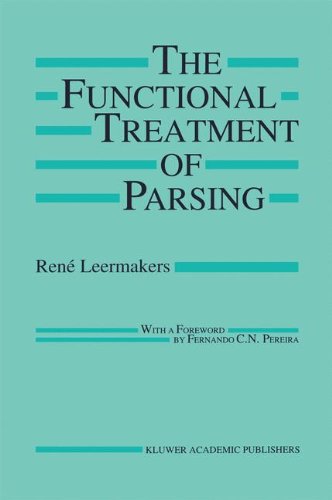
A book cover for The Functional Treatment of Parsing (The Springer International Series in Engineering and Computer Science); RenÃ© Leermakers; Computers & Technology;